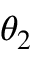
\theta _ { 2 }